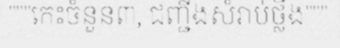
"""កេះចំនួន៣, ជញ្ជីងសំរាប់ថ្លឹង"""